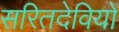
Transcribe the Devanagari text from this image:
सरितदेवियों